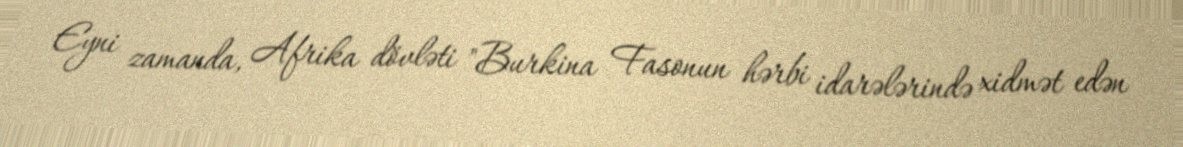
Eyni zamanda, Afrika dövləti "Burkina Fasonun hərbi idarələrində xidmət edən